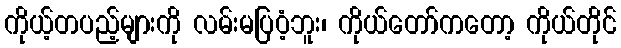
ကိုယ့်တပည့်များကို လမ်းမပြဝံ့ဘူး၊ ကိုယ်တော်ကတော့ ကိုယ်တိုင်